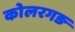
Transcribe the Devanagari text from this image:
कोलरगङ